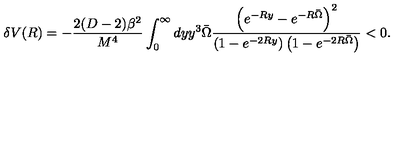
\delta V ( R ) = - \frac { 2 ( D - 2 ) \beta ^ { 2 } } { M ^ { 4 } } \int _ { 0 } ^ { \infty } d y y ^ { 3 } \bar { \Omega } \frac { \left( e ^ { - R y } - e ^ { - R \bar { \Omega } } \right) ^ { 2 } } { \left( 1 - e ^ { - 2 R y } \right) \left( 1 - e ^ { - 2 R \bar { \Omega } } \right) } < 0 .